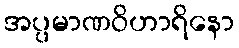
အပ္ပမာဏဝိဟာရိနော